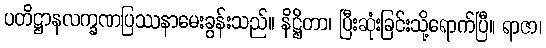
ပတိဋ္ဌာနလက္ခဏပြဿနာမေးခွန်းသည်။ နိဋ္ဌိတာ၊ ပြီးဆုံးခြင်းသို့ရောက်ပြီ။ ရာဇာ၊